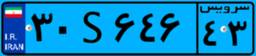
۳۰S۶۴۶۴۳